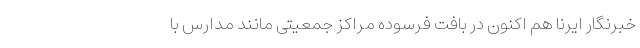
خبرنگار ایرنا هم اکنون در بافت فرسوده مراکز جمعیتی مانند مدارس با